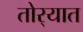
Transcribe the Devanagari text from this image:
तोर्‍यात